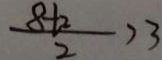
\frac { 8 + 2 } { 2 } > 3